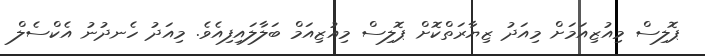
ޕޮލިސް މިއުޒިއަމަށް މިއަދު ޒިޔާރަތްކޮށް ޕޮލިސް މިއުޒިއަމް ބަލާލައިފިއެވެ. މިއަދު ހެނދުނު އެކްސެލް